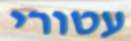
עטורי